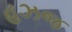
હઝજ